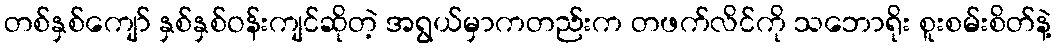
တစ်နှစ်ကျော် နှစ်နှစ်ဝန်းကျင်ဆိုတဲ့ အရွယ်မှာကတည်းက တဖက်လိင်ကို သဘောရိုး စူးစမ်းစိတ်နဲ့